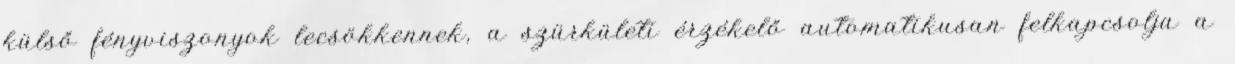
külső fényviszonyok lecsökkennek, a szürkületi érzékelő automatikusan felkapcsolja a